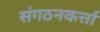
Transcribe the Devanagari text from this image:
संगठनकर्त्ता